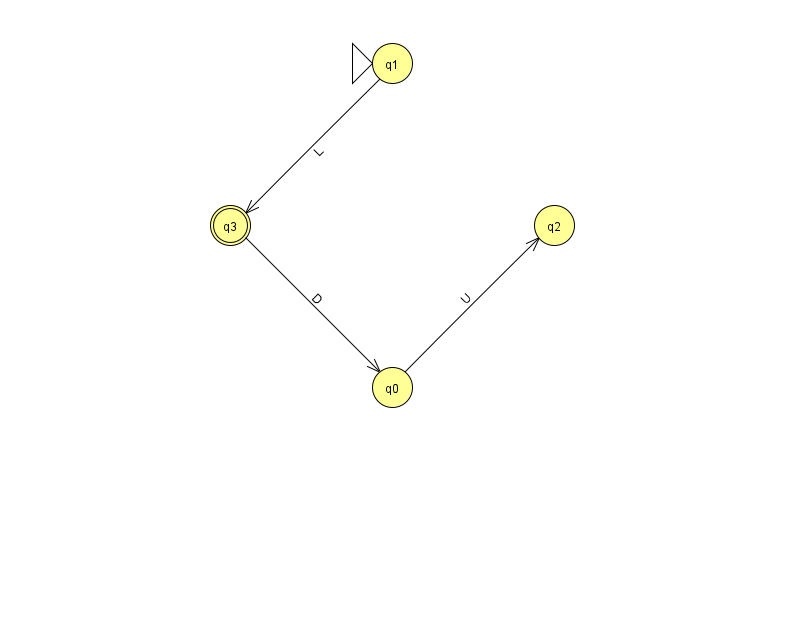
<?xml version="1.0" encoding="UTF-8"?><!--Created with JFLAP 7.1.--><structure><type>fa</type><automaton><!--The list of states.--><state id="0" name="q0"><x>392.0</x><y>374.0</y></state><state id="1" name="q1"><x>392.0</x><y>50.0</y><initial/></state><state id="2" name="q2"><x>554.0</x><y>212.0</y></state><state id="3" name="q3"><x>230.0</x><y>212.0</y><final/></state><!--The list of transitions.--><transition><from>0</from><to>2</to><read>U</read></transition><transition><from>3</from><to>0</to><read>D</read></transition><transition><from>1</from><to>3</to><read>L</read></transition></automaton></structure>